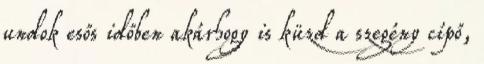
undok esős időben akárhogy is küzd a szegény cípő,